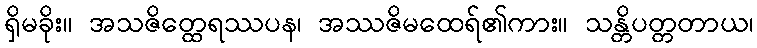
ရှိမခိုး။ အသဇိတ္ထေရဿပန၊ အဿဇိမထေရ်၏ကား။ သန္တိပတ္တတာယ၊